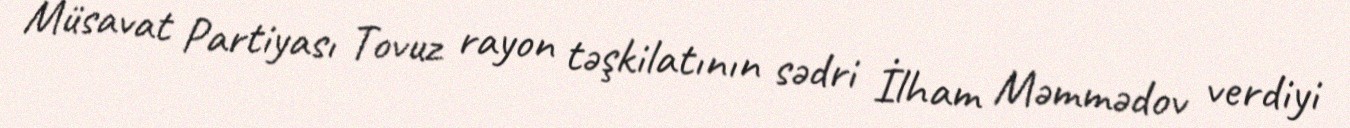
Müsavat Partiyası Tovuz rayon təşkilatının sədri İlham Məmmədov verdiyi